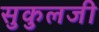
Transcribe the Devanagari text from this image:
सुकुलजी